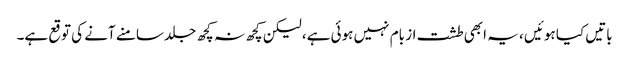
باتیں کیا ہوئیں ، یہ ابھی طشت از بام نہیں ہوئی ہے، لیکن کچھ نہ کچھ جلد سامنے آنے کی توقع ہے۔